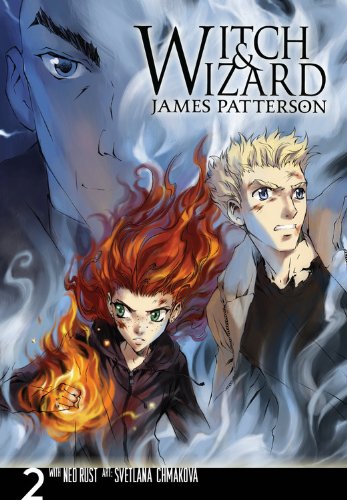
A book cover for Witch & Wizard: The Manga, Vol. 2; James Patterson; Comics & Graphic Novels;